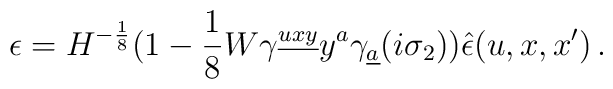
\epsilon = H^{- {1\over 8}} (1 - {1\over 8}W \gamma^{\underline{uxy}} y^a \gamma_{\underline{a}} (i \sigma_2)) \hat{\epsilon}(u,x,x') \, .